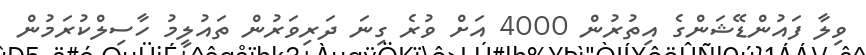
ވިލާ ފައުންޑޭޝަންގެ އިތުރުން 4000 އަށް ވުރެ ގިނަ ދަރިވަރުން ތައުލީމު ހާސިލްކުރަމުން